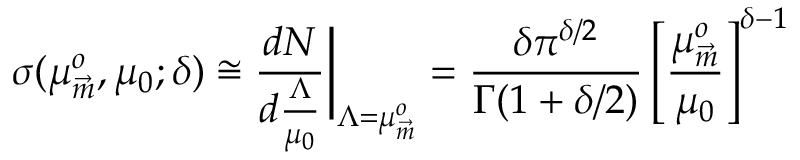
\sigma ( \mu _ { \vec { m } } ^ { o } , \mu _ { 0 } ; \delta ) \cong \frac { d N } { d \frac { \Lambda } { \mu _ { 0 } } } \bigg \vert _ { \Lambda = \mu _ { \vec { m } } ^ { o } } = \frac { \delta \pi ^ { \delta / 2 } } { \Gamma ( 1 + \delta / 2 ) } \left[ \frac { \mu _ { \vec { m } } ^ { o } } { \mu _ { 0 } } \right] ^ { \delta - 1 }